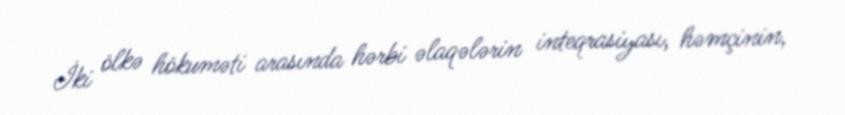
İki ölkə hökuməti arasında hərbi əlaqələrin inteqrasiyası, həmçinin,